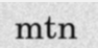
mtn